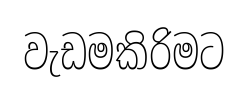
වැඩමකිරිමට